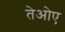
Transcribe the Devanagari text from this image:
तेओए